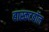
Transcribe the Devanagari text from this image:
बास्कटबॉल